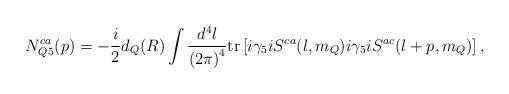
LaTeX: \begin{align*}N_{Q5}^{ca}(p)=-\frac{i}{2}d_Q(R)\int \frac{d^4l}{{(2\pi)}^4} {\rm tr}\left[i\gamma_5iS^{ca}(l,m_Q)i\gamma_5iS^{ac}(l+p,m_Q)\right],\end{align*}